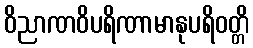
ဝိညာဏဝိပရိဏာမာနုပရိဝတ္တိ